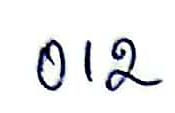
012